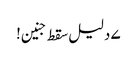
۷ دلیل سقط جنین!